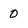
Character: 0